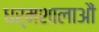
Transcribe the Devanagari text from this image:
धर्मशालाऔं